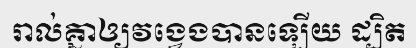
រាល់គ្នាឲ្យវង្វេងបានឡើយ ដ្បិត